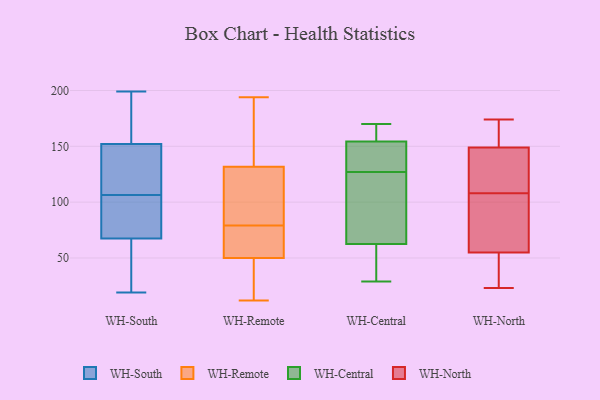
{"axis": {"x": "Market Share (%)", "y": "Value"}, "legend": ["WH-Central", "WH-North", "WH-Remote", "WH-South"], "data": [{"x": "", "y": 100, "type": "WH-South"}, {"x": "", "y": 72, "type": "WH-South"}, {"x": "", "y": 45, "type": "WH-South"}, {"x": "", "y": 153, "type": "WH-South"}, {"x": "", "y": 193, "type": "WH-South"}, {"x": "", "y": 199, "type": "WH-South"}, {"x": "", "y": 34, "type": "WH-South"}, {"x": "", "y": 151, "type": "WH-South"}, {"x": "", "y": 115, "type": "WH-South"}, {"x": "", "y": 83, "type": "WH-South"}, {"x": "", "y": 113, "type": "WH-South"}, {"x": "", "y": 82, "type": "WH-South"}, {"x": "", "y": 193, "type": "WH-South"}, {"x": "", "y": 138, "type": "WH-South"}, {"x": "", "y": 19, "type": "WH-South"}, {"x": "", "y": 63, "type": "WH-South"}, {"x": "", "y": 44, "type": "WH-Remote"}, {"x": "", "y": 153, "type": "WH-Remote"}, {"x": "", "y": 74, "type": "WH-Remote"}, {"x": "", "y": 66, "type": "WH-Remote"}, {"x": "", "y": 59, "type": "WH-Remote"}, {"x": "", "y": 115, "type": "WH-Remote"}, {"x": "", "y": 119, "type": "WH-Remote"}, {"x": "", "y": 13, "type": "WH-Remote"}, {"x": "", "y": 152, "type": "WH-Remote"}, {"x": "", "y": 52, "type": "WH-Remote"}, {"x": "", "y": 134, "type": "WH-Remote"}, {"x": "", "y": 12, "type": "WH-Remote"}, {"x": "", "y": 81, "type": "WH-Remote"}, {"x": "", "y": 79, "type": "WH-Remote"}, {"x": "", "y": 33, "type": "WH-Remote"}, {"x": "", "y": 194, "type": "WH-Remote"}, {"x": "", "y": 131, "type": "WH-Remote"}, {"x": "", "y": 170, "type": "WH-Central"}, {"x": "", "y": 107, "type": "WH-Central"}, {"x": "", "y": 127, "type": "WH-Central"}, {"x": "", "y": 163, "type": "WH-Central"}, {"x": "", "y": 29, "type": "WH-Central"}, {"x": "", "y": 146, "type": "WH-Central"}, {"x": "", "y": 152, "type": "WH-Central"}, {"x": "", "y": 161, "type": "WH-Central"}, {"x": "", "y": 33, "type": "WH-Central"}, {"x": "", "y": 52, "type": "WH-Central"}, {"x": "", "y": 150, "type": "WH-Central"}, {"x": "", "y": 85, "type": "WH-Central"}, {"x": "", "y": 66, "type": "WH-Central"}, {"x": "", "y": 51, "type": "WH-North"}, {"x": "", "y": 72, "type": "WH-North"}, {"x": "", "y": 161, "type": "WH-North"}, {"x": "", "y": 137, "type": "WH-North"}, {"x": "", "y": 132, "type": "WH-North"}, {"x": "", "y": 45, "type": "WH-North"}, {"x": "", "y": 59, "type": "WH-North"}, {"x": "", "y": 123, "type": "WH-North"}, {"x": "", "y": 174, "type": "WH-North"}, {"x": "", "y": 93, "type": "WH-North"}, {"x": "", "y": 23, "type": "WH-North"}, {"x": "", "y": 172, "type": "WH-North"}]}